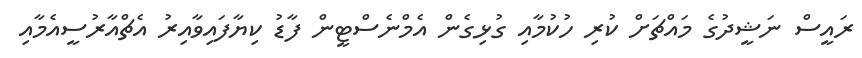
ރައީސް ނަޝީދުގެ މައްޗަށް ކުރި ހުކުމާއި ގުޅިގެން އެމްނެސްޓީން ފާޑު ކިޔާފައިވާއިރު އެޗްއާރުސީއެމާއި